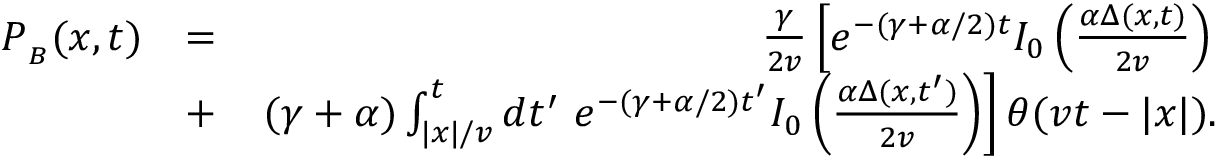
\begin{array} { r l r } { P _ { _ B } ( x , t ) } & { = } & { \frac { \gamma } { 2 v } \left[ e ^ { - ( \gamma + \alpha / 2 ) t } I _ { 0 } \left( \frac { \alpha \Delta ( x , t ) } { 2 v } \right) \right. } \\ & { + } & { \left. ( \gamma + \alpha ) \int _ { | x | / v } ^ { t } d t ^ { \prime } \ e ^ { - ( \gamma + \alpha / 2 ) t ^ { \prime } } I _ { 0 } \left( \frac { \alpha \Delta ( x , t ^ { \prime } ) } { 2 v } \right) \right] \theta ( v t - | x | ) . } \end{array}